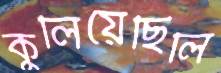
কুলিয়েছিলি